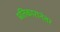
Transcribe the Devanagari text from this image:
प्रतिकारानंतर